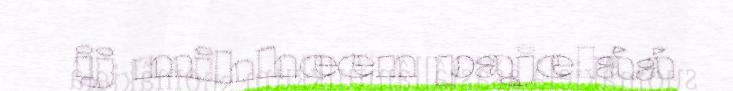
ij mihheen pajeláá